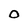
Character: O